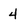
Character: 4